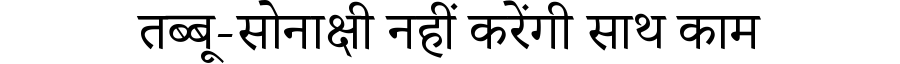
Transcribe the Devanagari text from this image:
तब्बू-सोनाक्षी नहीं करेंगी साथ काम